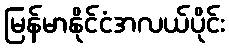
မြန်မာနိုင်ငံအလယ်ပိုင်း